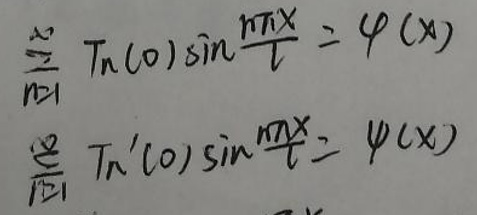
\[
\begin{align*}
\sum_{n = 1}^{\infty}T_n(0)\sin\frac{n\pi x}{l}&=\varphi(x)\\
\sum_{n = 1}^{\infty}T_n^{\prime}(0)\sin\frac{n\pi x}{l}&=\psi(x)
\end{align*}
\]